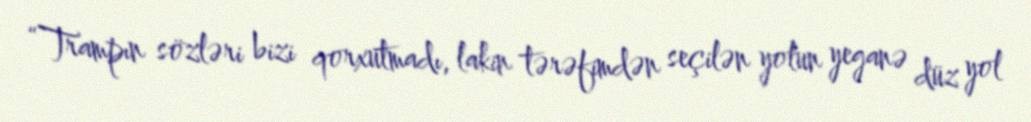
“Trampın sözləri bizi qorxutmadı, lakin tərəfimdən seçilən yolun yeganə düz yol